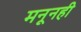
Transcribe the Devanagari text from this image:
मनूनही